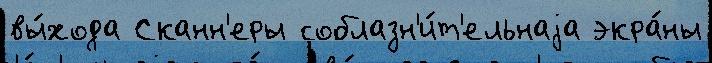
вы́хода Сканн'еры соблазн'и́т'ельнаjа экра́ны